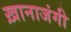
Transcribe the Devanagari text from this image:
ख़ानाजंगी